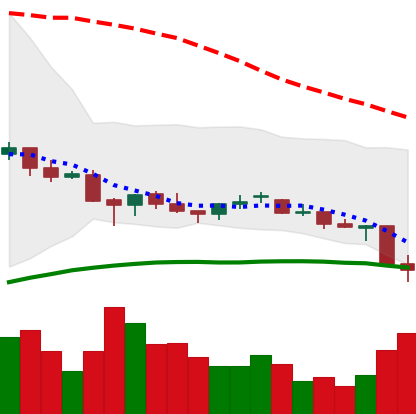
Ticker: EOS-USD
Chart end date: 2021-06-22
Forward return: 11.215%
Label: up_7plus